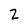
Character: Z